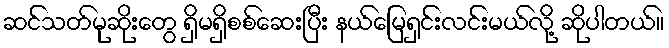
ဆင်သတ်မုဆိုးတွေ ရှိမရှိစစ်ဆေးပြီး နယ်မြေရှင်းလင်းမယ်လို့ ဆိုပါတယ်။